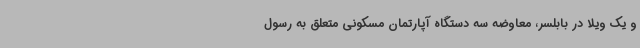
و یک ویلا در بابلسر، معاوضه سه دستگاه آپارتمان مسکونی متعلق به رسول